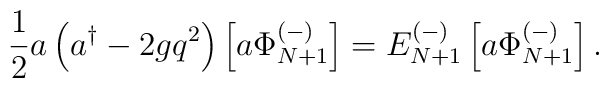
{1\over 2} a \left( a^\dagger - 2g q^2 \right) \left[ a  \Phi_{N+1}^{(-)} \right] = E_{N+1}^{(-)} \left[ a \Phi_{N+1}^{(-)} \right].